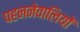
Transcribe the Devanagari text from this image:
पहननेवालियों